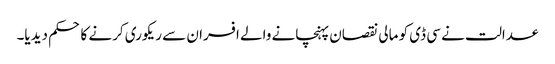
عدالت نے سی ڈی کو مالی نقصان پہنچانے والے افسران سے ریکوری کرنے کا حکم دیدیا۔